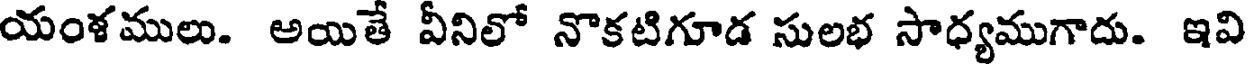
యంశములు. అయితే వీనిలో నొకటిగూడ సులభ సాధ్యముగాదు. ఇవి